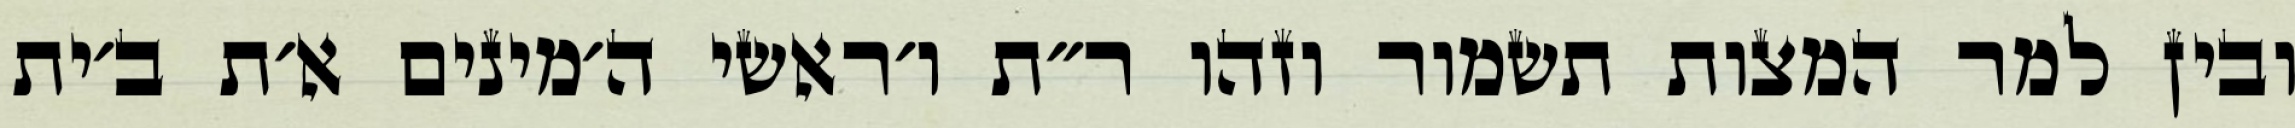
ובין למר המצות תשמור וזהו ר״ת ו׳ראשי ה׳מינים א׳ת ב׳ית